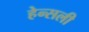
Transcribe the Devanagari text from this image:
हेन्सली